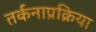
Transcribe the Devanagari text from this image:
तर्कनाप्रक्रिया